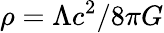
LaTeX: \rho=\Lambda c^{2}/8\pi G